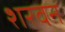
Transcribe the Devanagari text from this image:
शरवन